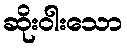
ဆိုးဝါးသော